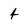
Character: 4